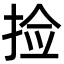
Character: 捡